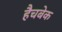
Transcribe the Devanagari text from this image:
हैचबेक